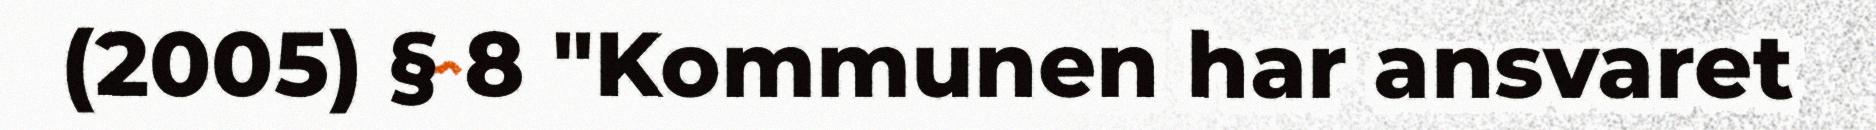
(2005) § 8 "Kommunen har ansvaret